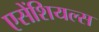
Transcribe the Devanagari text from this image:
एसेंशियल्स